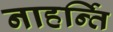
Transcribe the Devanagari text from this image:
नाहर्न्ति